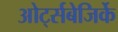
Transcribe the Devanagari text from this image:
ओर्ट्सबेजिर्के